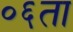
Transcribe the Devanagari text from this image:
०६ता